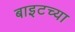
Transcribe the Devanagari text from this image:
बाइटच्या